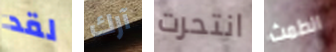
لقد آرك انتحرت الطمث